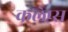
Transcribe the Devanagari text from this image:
कलेप्स